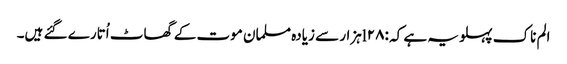
الم ناک پہلو یہ ہے کہ :l۲۸ہزار سے زیادہ مسلمان موت کے گھاٹ اُتارے گئے ہیں۔